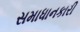
સમાધાનકારી